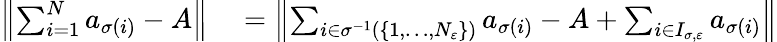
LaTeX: \begin{array}{rlrl}{\left\| \sum_{i=1}^{N}a_{\sigma(i)}-A\right\| }&{{}=\left\| \sum_{i\in\sigma^{-1}\left(\{ 1,\dots,N_{\varepsilon}\} \right)}a_{\sigma(i)}-A+\sum_{i\in I_{\sigma,\varepsilon}}a_{\sigma(i)}\right\| }\end{array}